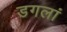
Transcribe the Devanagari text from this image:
डगलां